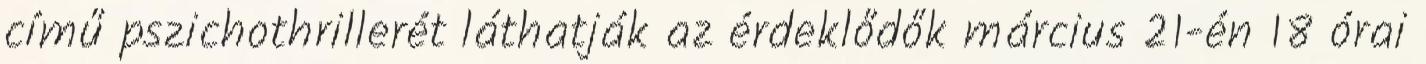
című pszichothrillerét láthatják az érdeklődők március 21-én 18 órai